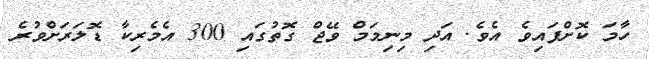
ހާމަ ކޮށްފައިވެ އެވެ. އަދި މިނިމަމް ވޭޖް ގޮތުގައި 300 އެމެރިކާ ޑޮލަރަށްވުރެ